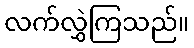
လက်လွှဲကြသည်။